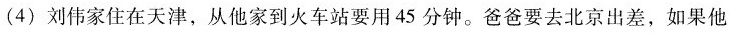
(4)刘伟家住在天津，从他家到火车站要用45分钟。爸爸要去北京出差，如果他